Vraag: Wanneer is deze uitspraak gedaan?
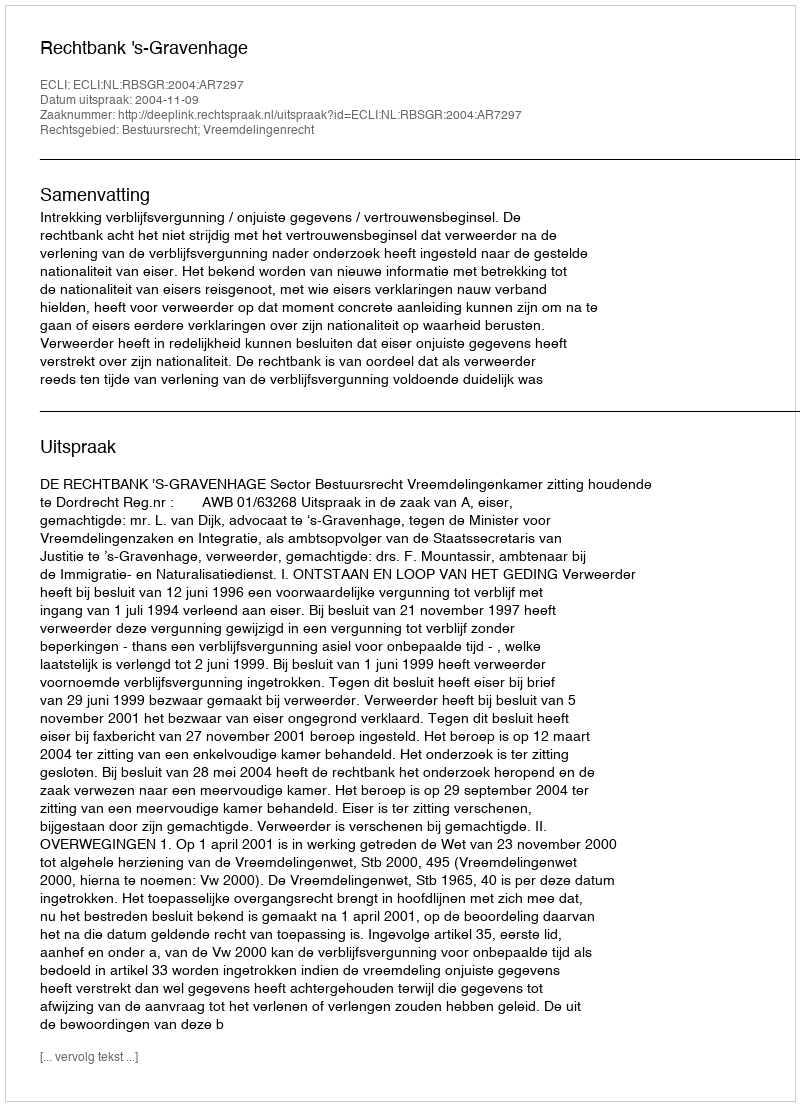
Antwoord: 2004-11-09